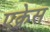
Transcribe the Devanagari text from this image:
एक्नेस